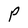
Character: P